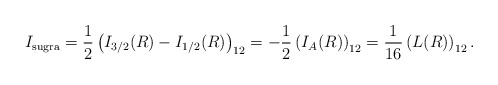
\begin{align*}I_{\rm sugra} = {1 \over 2} \left( I_{3/2} (R) - I_{1/2}(R)\right)_{12} = - {1\over 2} \left( I_A(R) \right)_{12} = {1\over 16} \left( L(R) \right)_{12}.\end{align*}